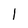
Character: l